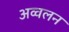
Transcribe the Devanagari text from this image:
अव्वलन